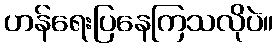
ဟန်ရေးပြနေကြသလိုပဲ။